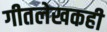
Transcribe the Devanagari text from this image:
गीतलेखकही